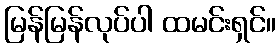
မြန်မြန်လုပ်ပါ ထမင်းရှင်။